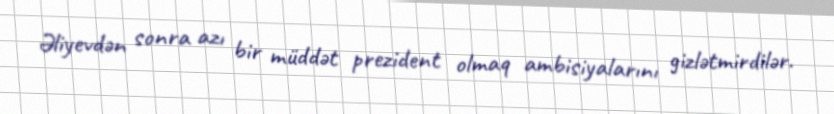
Əliyevdən sonra azı bir müddət prezident olmaq ambisiyalarını gizlətmirdilər.